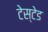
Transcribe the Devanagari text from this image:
टेस्टेड